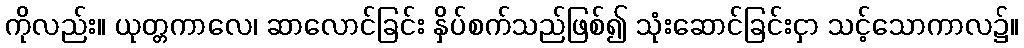
ကိုလည်း။ ယုတ္တကာလေ၊ ဆာလောင်ခြင်း နှိပ်စက်သည်ဖြစ်၍ သုံးဆောင်ခြင်းငှာ သင့်သောကာလ၌။